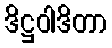
ဒိဋ္ဌဝါဒိတာ